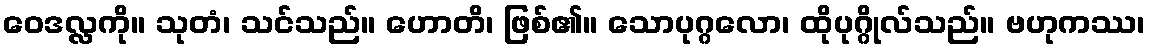
ဝေဒလ္လကို။ သုတံ၊ သင်သည်။ ဟောတိ၊ ဖြစ်၏။ သောပုဂ္ဂလော၊ ထိုပုဂ္ဂိုလ်သည်။ ဗဟုကဿ၊